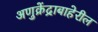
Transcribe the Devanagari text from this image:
अणुक्रेंद्राबाहेरील